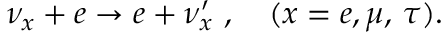
\nu _ { x } + e \to e + \nu _ { x } ^ { \prime } \ , \quad ( x = e , \mu , \, \tau ) .